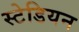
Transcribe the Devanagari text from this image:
स्टेडियन